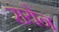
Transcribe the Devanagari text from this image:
रायेन